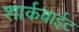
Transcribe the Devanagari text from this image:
शार्कबाईट